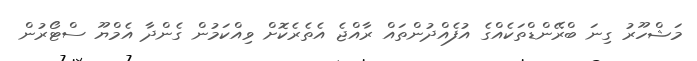
މަޝްހޫރު ގިނަ ބްރޭންޑްތަކެއްގެ އުފެއްދުންތައް ރާއްޖެ އެތެރެކޮށް ވިއްކަމުން ގެންދާ އެމްޔޫ ސްޓޯރުން